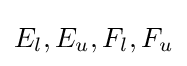
E_{l},E_{u},F_{l},F_{u}